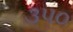
૩૫૦